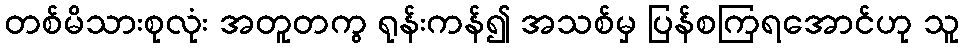
တစ်မိသားစုလုံး အတူတကွ ရုန်းကန်၍ အသစ်မှ ပြန်စကြရအောင်ဟု သူ